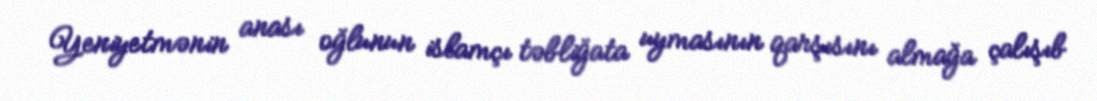
Yeniyetmənin anası oğlunun islamçı təbliğata uymasının qarşısını almağa çalışıb